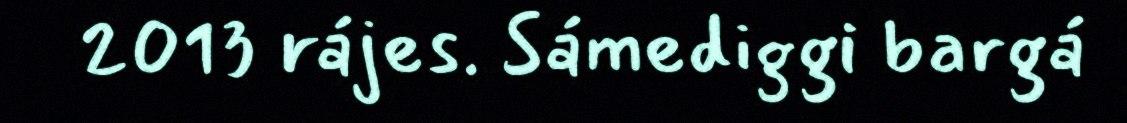
2013 rájes. Sámediggi bargá